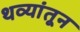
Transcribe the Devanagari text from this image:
थव्यांतून